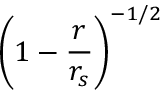
\left( 1 - \frac { r } { r _ { s } } \right) ^ { - 1 / 2 }